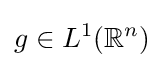
g\in L^{1}(\mathbb {R} ^{n})